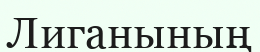
Лиганының